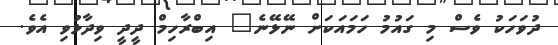
ދުވަހަކު ވެސް މި ގައުމު ހަމައަކަށް ނޭޅޭނެ" އިބްރާހިމް ދީދީ ވިދާޅުވި އެވެ.